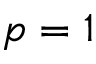
p = 1